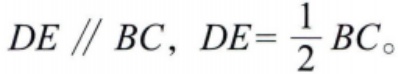
$DE \parallel BC,\ DE=\frac{1}{2}BC。$